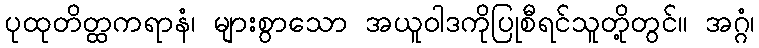
ပုထုတိတ္ထကရာနံ၊ များစွာသော အယူဝါဒကိုပြုစီရင်သူတို့တွင်။ အဂ္ဂံ၊